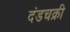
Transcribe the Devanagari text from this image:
दंडचक्री